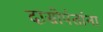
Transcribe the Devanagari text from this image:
दासोपंतांना